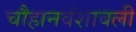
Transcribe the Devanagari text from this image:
चौहानवंशावली